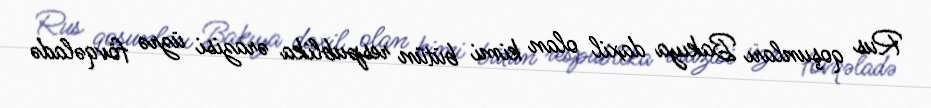
Rus qoşunları Bakıya daxil olan kimi bütün respublika ərazisi üzrə fövqəladə